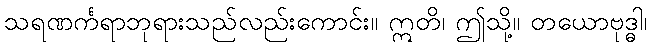
သရဏင်္ကရာဘုရားသည်လည်းကောင်း။ ဣတိ၊ ဤသို့။ တယောဗုဒ္ဓါ၊